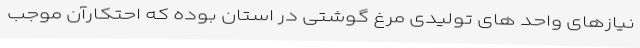
نیازهای واحد های تولیدی مرغ گوشتی در استان بوده که احتکارآن موجب